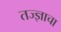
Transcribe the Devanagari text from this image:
तज्ज्ञाचा